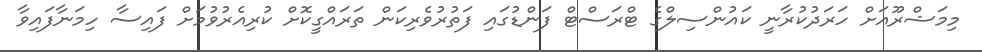
މިމަޝްރޫއަށް ހަރަދުކުރާނީ ކައުންސިލްގެ ޓްރަސްޓް ފަންޑުގައި ފަތުރުވެރިކަން ތަރައްގީކޮށް ކުރިއެރުވުމަށް ފައިސާ ހިމަނާފައިވާ